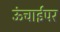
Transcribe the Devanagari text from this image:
ऊंचाईपर